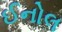
ઈનોલ